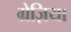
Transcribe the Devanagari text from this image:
ग्रेज़िया